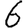
Digit: 6